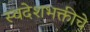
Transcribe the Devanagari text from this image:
स्वदेशभक्तीचे